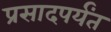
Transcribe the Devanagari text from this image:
प्रसादपर्यंत